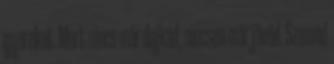
gyereket. Mert nincs már dajkád, nincsen már jövőd. Szemed